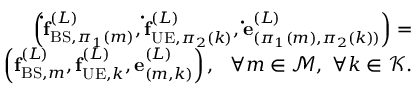
\begin{array} { r } { \left( \mathbf { \dot { f } } _ { \mathrm { B S } , \pi _ { 1 } ( m ) } ^ { ( L ) } , \mathbf { \dot { f } } _ { \mathrm { U E } , \pi _ { 2 } ( k ) } ^ { ( L ) } , \mathbf { \dot { e } } _ { ( \pi _ { 1 } ( m ) , \pi _ { 2 } ( k ) ) } ^ { ( L ) } \right) = } \\ { \left( \mathbf { f } _ { \mathrm { B S } , m } ^ { ( L ) } , \mathbf { f } _ { \mathrm { U E } , k } ^ { ( L ) } , \mathbf { e } _ { ( m , k ) } ^ { ( L ) } \right) , ~ ~ \forall m \in \mathcal { M } , ~ \forall k \in \mathcal { K } . } \end{array}